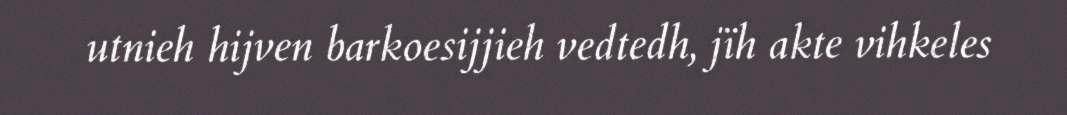
utnieh hijven barkoesijjieh vedtedh, jïh akte vihkeles